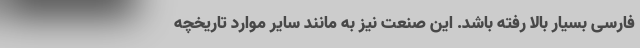
فارسی بسیار بالا رفته باشد. این صنعت نیز به مانند سایر موارد تاریخچه